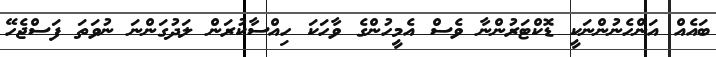
ބައެއް އަންހެނުންނަކީ ޑޮކްޓަރުންނާ ވެސް އެމީހުންގެ ވާހަކަ ހިއްސާކުރަން ލަދުގަންނަ ނުވަތަ ފަސްޖެހޭ